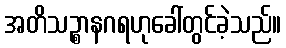
အတိသဉ္စာနဂရဟုခေါ်တွင်ခဲ့သည်။